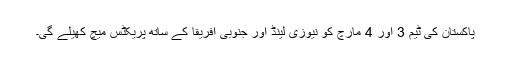
پاکستان کی ٹیم 3 اور 4 مارچ کو نیوزی لینڈ اور جنوبی افریقا کے ساتھ پریکٹس میچ کھیلے گی۔